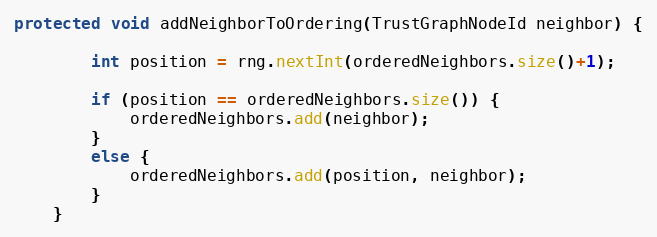
Language: Java
protected void addNeighborToOrdering(TrustGraphNodeId neighbor) {

        int position = rng.nextInt(orderedNeighbors.size()+1);

        if (position == orderedNeighbors.size()) {
            orderedNeighbors.add(neighbor);
        }
        else {
            orderedNeighbors.add(position, neighbor);
        }
    }